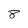
Character: 8